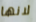
لانها